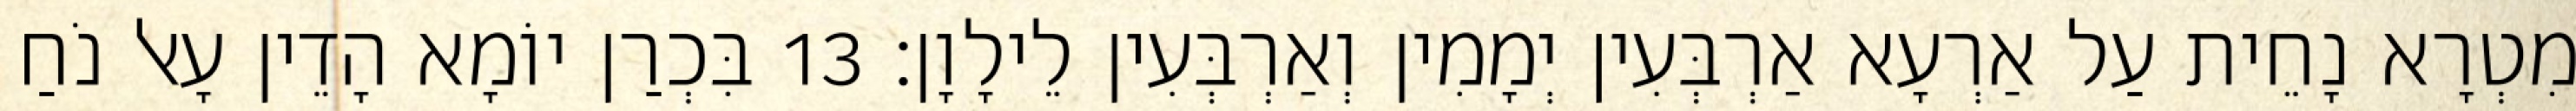
מִטְרָא נָחֵית עַל אַרְעָא אַרְבְּעִין יְמָמִין וְאַרְבְּעִין לֵילָוָן׃ 13 בִּכְרַן יוֹמָא הָדֵין עָאל נֹחַ